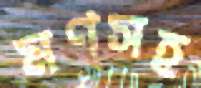
মণসহ